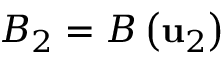
{ \cal B } _ { 2 } = { \cal B } \left( { \bf u } _ { 2 } \right)